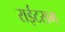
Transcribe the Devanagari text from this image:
राईटसम